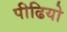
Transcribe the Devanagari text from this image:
पीढियो